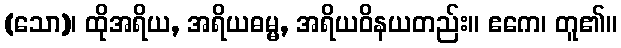
(သော)၊ ထိုအရိယ, အရိယဓမ္မ, အရိယဝိနယတည်း။ ဧကေ၊ တူ၏။